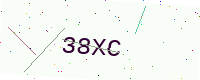
Text: 38XC